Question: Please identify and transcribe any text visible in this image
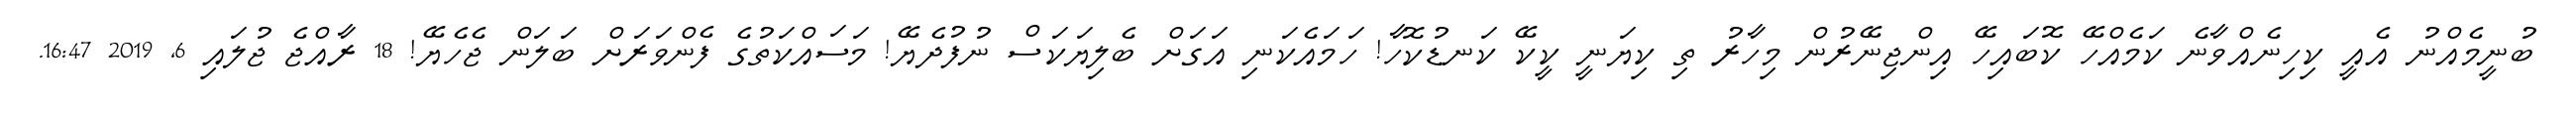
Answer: ބުނީމެއްނު އެއީ ކިހިނެއްވާނެ ކަމެއްހޭ ކޮބައިހޭ އިންޖިނޭރުން މިހާރު ތި ކިޔަނީ ކީކޭ ކަނޑުކޮހާ! ހަމައެކަނި އަގަށް ބެލިޔަކަސް ނުފުދެޔޭ! މަސައްކަތުގެ ފެންވަރަށް ބަލަން ޖެހެޔޭ! 18 ރާއްޖެ ޖުލައި 6, 2019 16:47.